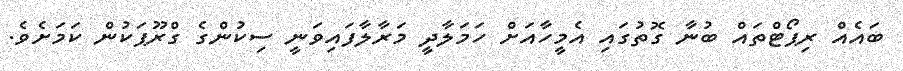
ބައެއް ރިޕޯޓްތައް ބުނާ ގޮތުގައި އެމީހާއަށް ހަމަލާދީ މަރާލާފައިވަނީ ސިކުންގެ ގްރޫޕަކުން ކަމަށެވެ.